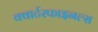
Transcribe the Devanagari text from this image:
क्वार्टरफाइनल्स